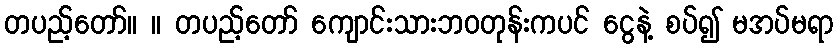
တပည့်တော်။ ။ တပည့်တော် ကျောင်းသားဘဝတုန်းကပင် ငွေနဲ့ စပ်၍ မအပ်မရာ